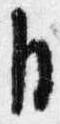
自